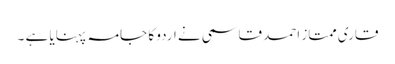
قاری ممتاز احمد قاسمی نے اردو کا جامہ پہنایا ہے ۔